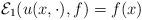
LaTeX: \begin{align*}\mathcal{E}_1(u(x,\cdot),f)=f(x)\end{align*}